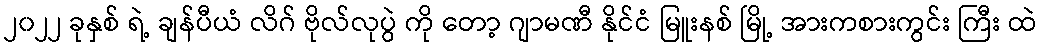
၂၀၂၂ ခုနှစ် ရဲ့ ချန်ပီယံ လိဂ် ဗိုလ်လုပွဲ ကို တော့ ဂျာမဏီ နိုင်ငံ မြူးနစ် မြို့ အားကစားကွင်း ကြီး ထဲ